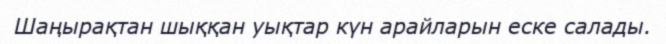
Шаңырақтан шыққан уықтар күн арайларын еске салады.